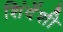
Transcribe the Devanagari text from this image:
शिंदेंशी